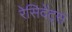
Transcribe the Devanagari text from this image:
रेसिदेंट्स